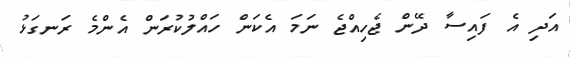
އަދި އެ ފައިސާ ދޭން ޖެހިއްޖެ ނަމަ އެކަން ހައްލުކުރަން އެންމެ ރަނގަޅު